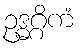
ဥဒ္ဓဂ္ဂိကံ